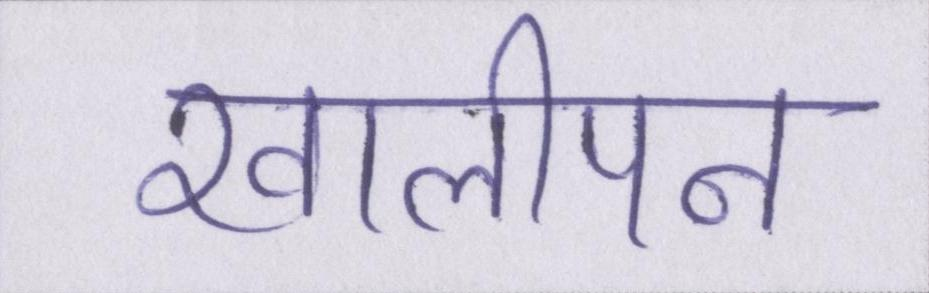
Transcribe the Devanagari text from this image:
खालीपन